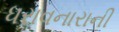
ધરાવનારાની